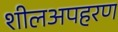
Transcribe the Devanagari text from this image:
शीलअपहरण